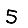
Digit: 5